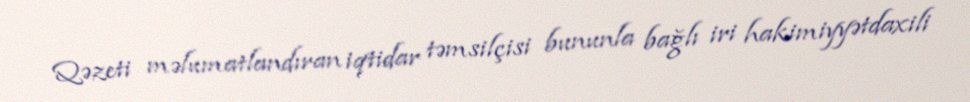
Qəzeti məlumatlandıran iqtidar təmsilçisi bununla bağlı iri hakimiyyətdaxili